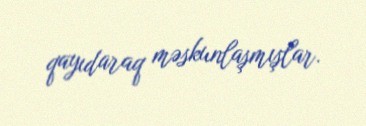
qayıdaraq məskunlaşmışlar.